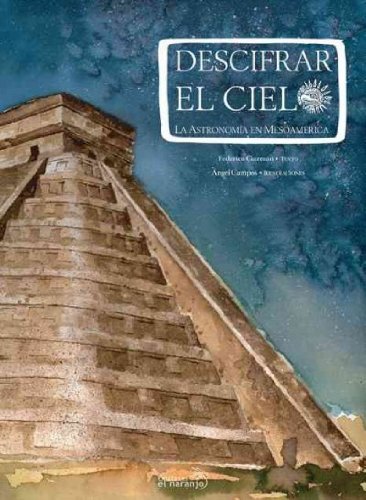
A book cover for Descifrar el cielo/ Deciphering the Sky: La astronomia en Mesoamerica/ The Astronomy in Mesoamerica (Spanish Edition); Federico Guzman; Children's Books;